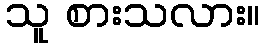
သူ စားသလား။